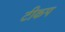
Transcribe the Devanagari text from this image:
टीकप